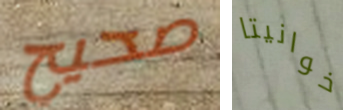
صحيح خوانيتا